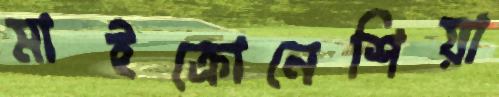
মাইক্রোনেশিয়া